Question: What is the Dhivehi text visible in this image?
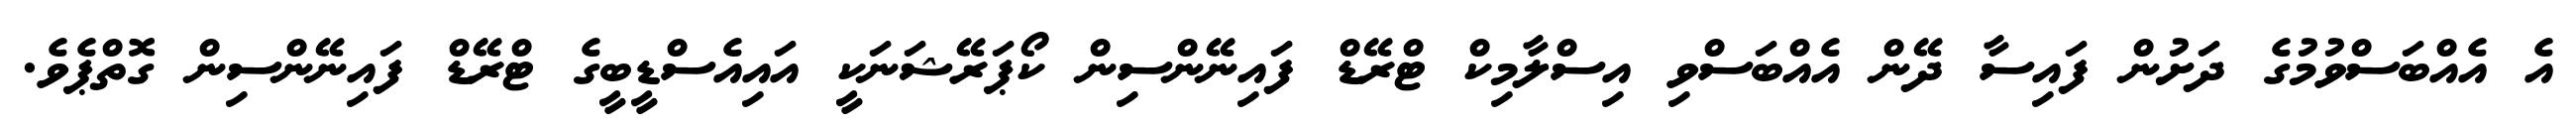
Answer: އެ އެއްބަސްވުމުގެ ދަށުން ފައިސާ ދޭން އެއްބަސްވި އިސްލާމިކް ޓްރޭޑް ފައިނޭންސިން ކޯޕަރޭޝަނަކީ އައިއެސްޑީބީގެ ޓްރޭޑް ފައިނޭންސިން ގޮތްޕެވެ.